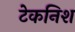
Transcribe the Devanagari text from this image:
टेकनिश